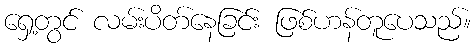
ရှေ့တွင် လမ်းပိတ်နေခြင်း ဖြစ်ဟန်တူပေသည်။